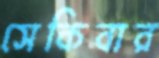
সেকিবার